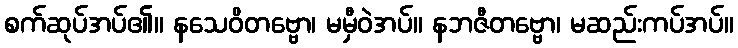
စက်ဆုပ်အပ်၏။ နသေဝိတဗ္ဗော၊ မမှီဝဲအပ်။ နဘဇီတဗ္ဗော၊ မဆည်းကပ်အပ်။